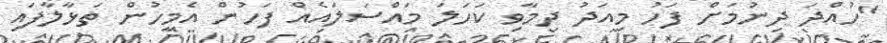
"ހުއްދަ ދިނުމަށް ފަހު މިއަދު ދިމާވި ކަހަލަ މައްސަލައެއް ފަހުން އެމީހުން ތަޅާލާފައި